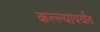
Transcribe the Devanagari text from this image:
कल्ल्यांपर्यंत